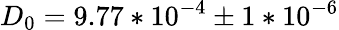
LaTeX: D_{0}=9.77*10^{-4}\pm 1*10^{-6}